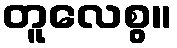
တူလေစွ။